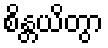
စိန္တယိတွာ